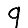
Digit: 9